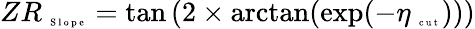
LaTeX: ZR_{\mathrm{~\tiny~S~l~o~p~e~}}=\tan{(2\times\arctan(\exp(-\eta_{\mathrm{~\tiny~c~u~t~}})))}